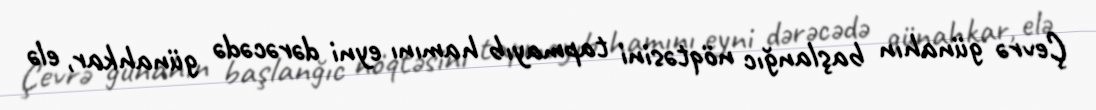
Çevrə günahın başlanğıc nöqtəsini tapmayıb hamını eyni dərəcədə günahkar, elə